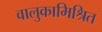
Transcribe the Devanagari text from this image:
वालुकामिश्रित